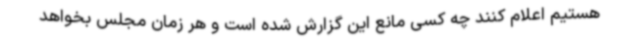
هستیم اعلام کنند چه کسی مانع این گزارش شده است و هر زمان مجلس بخواهد